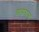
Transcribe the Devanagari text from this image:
डायोरामा